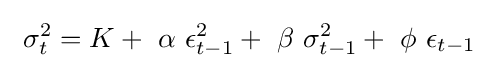
~\sigma _{t}^{2}=K+~\alpha ~\epsilon _{t-1}^{2}+~\beta ~\sigma _{t-1}^{2}+~\phi ~\epsilon _{t-1}